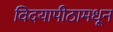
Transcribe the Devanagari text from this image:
विदयापीठामधून